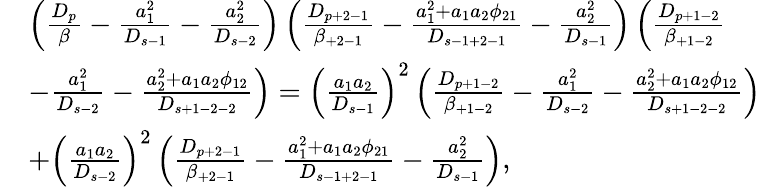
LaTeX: \begin{array}{rl}&{\left(\frac{D_{p}}{\beta}-\frac{a_{1}^{2}}{D_{s-1}}-\frac{a_{2}^{2}}{D_{s-2}}\right)\left(\frac{D_{p+2-1}}{\beta_{+2-1}}-\frac{a_{1}^{2}+a_{1}a_{2}\phi_{21}}{D_{s-1+2-1}}-\frac{a_{2}^{2}}{D_{s-1}}\right)\left(\frac{D_{p+1-2}}{\beta_{+1-2}}\right.}\\ &{\left.-\frac{a_{1}^{2}}{D_{s-2}}-\frac{a_{2}^{2}+a_{1}a_{2}\phi_{12}}{D_{s+1-2-2}}\right)=\left(\frac{a_{1}a_{2}}{D_{s-1}}\right)^{2}\left(\frac{D_{p+1-2}}{\beta_{+1-2}}-\frac{a_{1}^{2}}{D_{s-2}}-\frac{a_{2}^{2}+a_{1}a_{2}\phi_{12}}{D_{s+1-2-2}}\right)}\\ &{+\left(\frac{a_{1}a_{2}}{D_{s-2}}\right)^{2}\left(\frac{D_{p+2-1}}{\beta_{+2-1}}-\frac{a_{1}^{2}+a_{1}a_{2}\phi_{21}}{D_{s-1+2-1}}-\frac{a_{2}^{2}}{D_{s-1}}\right),}\end{array}